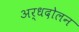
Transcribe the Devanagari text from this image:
अर्धदोलन